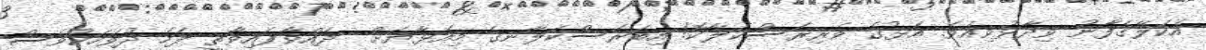
އެކަލޭގެފާނު ވިދާޅުވިއެވެ. އަޅުގެ ވެރިރަސްކަލާކޮ! އިބަރަސްކަލާނގެ މިއަޅާޔަށް  ދެއްވާފައިވާތީ ފަހެ ދުވަހަކުވެސް